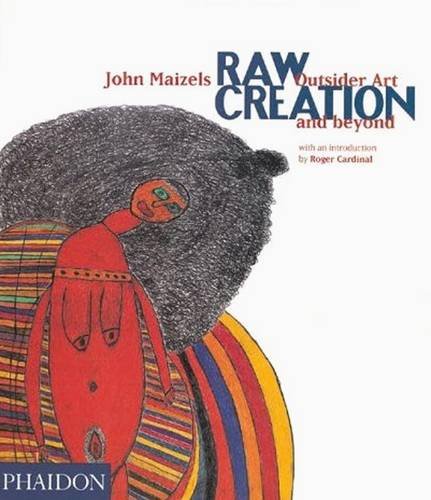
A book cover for Raw Creation: Outsider Art & Beyond; John Maizels; Arts & Photography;